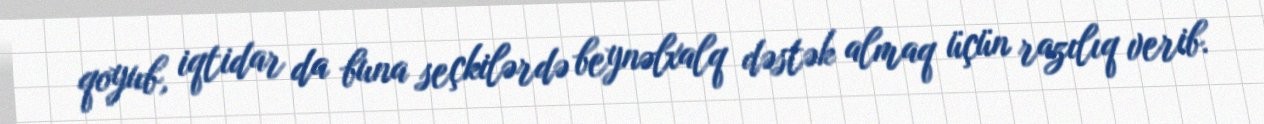
qoyub, iqtidar da buna seçkilərdə beynəlxalq dəstək almaq üçün razılıq verib.